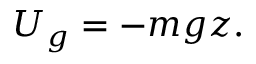
U _ { g } = - m g z .